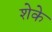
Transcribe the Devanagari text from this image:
शेके